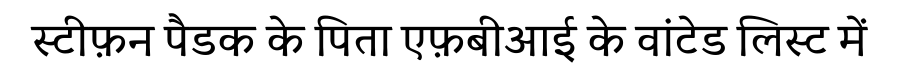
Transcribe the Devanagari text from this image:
स्टीफ़न पैडक के पिता एफ़बीआई के वांटेड लिस्ट में